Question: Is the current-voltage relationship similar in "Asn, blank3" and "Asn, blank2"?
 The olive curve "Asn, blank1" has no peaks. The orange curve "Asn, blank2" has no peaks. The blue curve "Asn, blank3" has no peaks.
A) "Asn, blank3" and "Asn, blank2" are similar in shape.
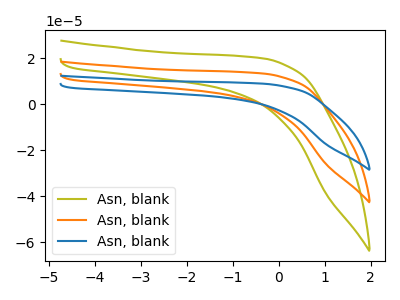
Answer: <think>Neither "Asn, blank3" or "Asn, blank2" have any peaks.
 </think>
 <answer>A) "Asn, blank3" and "Asn, blank2" are similar in shape.</answer>
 <eval>A</eval>